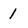
Character: 1